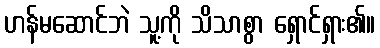
ဟန်မဆောင်ဘဲ သူ့ကို သိသာစွာ ရှောင်ရှား၏။